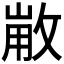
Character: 𢽸